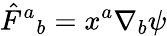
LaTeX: \hat{F}^{a}{}_{b}=x^{a}\nabla_{b}\psi